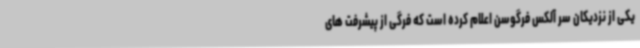
یکی از نزدیکان سر آلکس فرگوسن اعلام کرده است که فرگی از پیشرفت های